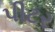
પીટર